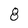
Character: 8